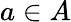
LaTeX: a\in A